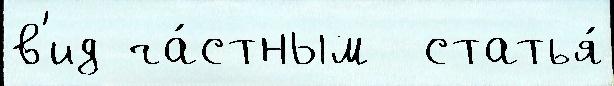
в'ид ча́стным  статья́